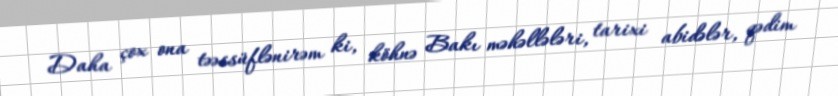
Daha çox ona təəssüflənirəm ki, köhnə Bakı məhəllələri, tarixi abidələr, qədim